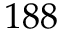
1 8 8